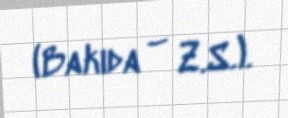
(Bakıda – Z.S.).